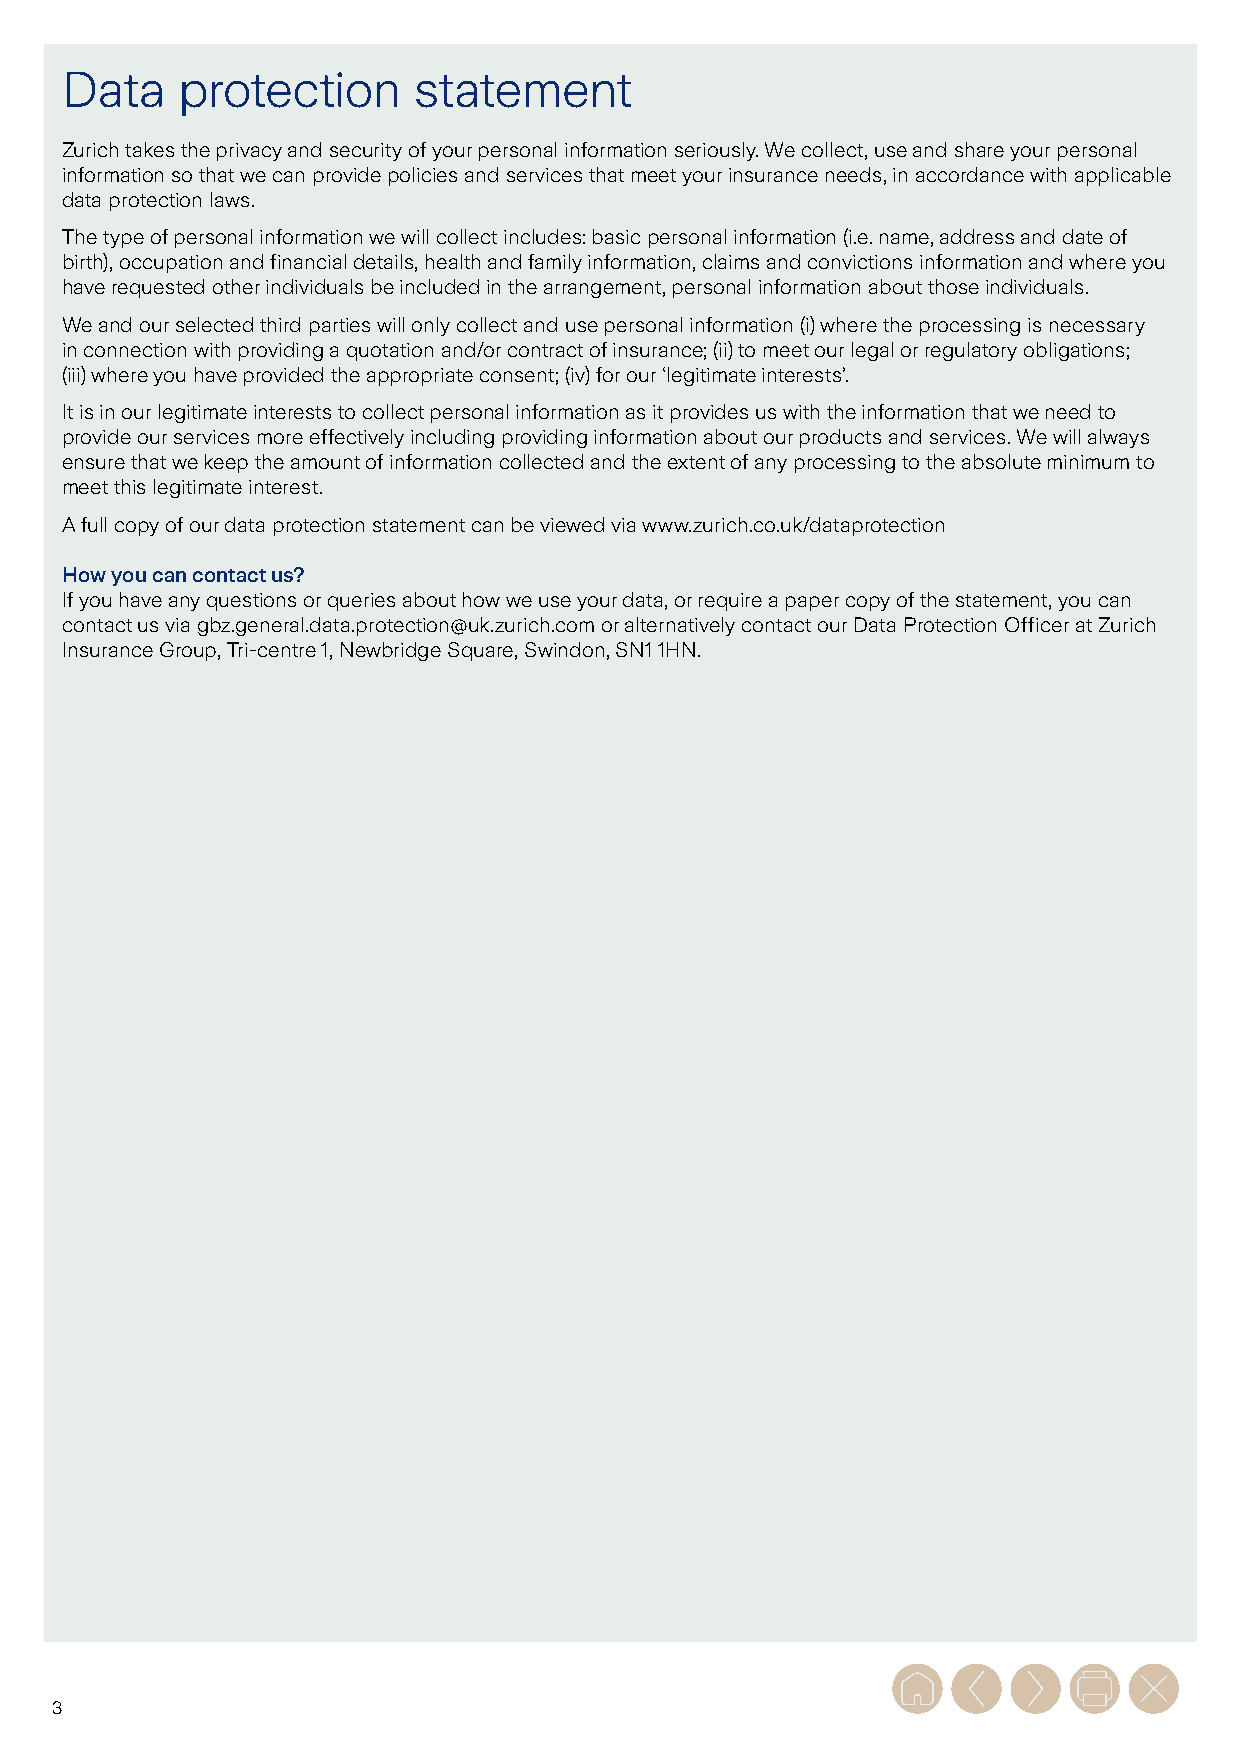
Data    protection     statement
 Zurich takes the privacy and security of your personal information seriously. We collect, use and share your personal
 information so that we can provide policies and services that meet your insurance needs, in accordance with applicable
 data protection laws.
 The type of personal information we will collect includes: basic personal information (i.e. name, address and date of
 birth), occupation and financial details, health and family information, claims and convictions information and where you
 have requested other individuals be included in the arrangement, personal information about those individuals.
 We and our selected third parties will only collect and use personal information (i) where the processing is necessary
 in connection with providing a quotation and/or contract of insurance; (ii) to meet our legal or regulatory obligations;
 (iii) where you have provided the appropriate consent; (iv) for our ‘legitimate interests’.
 It is in our legitimate interests to collect personal information as it provides us with the information that we need to
 provide our services more effectively including providing information about our products and services. We will always
 ensure that we keep the amount of information collected and the extent of any processing to the absolute minimum to
 meet this legitimate interest.
 A full copy of our data protection statement can be viewed via www.zurich.co.uk/dataprotection
 How you can contact us?
 If you have any questions or queries about how we use your data, or require a paper copy of the statement, you can
 contact us via gbz.general.data.protection@uk.zurich.com or alternatively contact our Data Protection Officer at Zurich
 Insurance Group, Tri-centre 1, Newbridge Square, Swindon, SN1 1HN.
 3